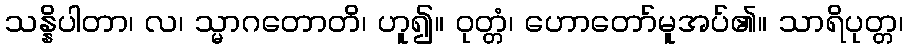
သန္နိပါတာ၊ လ၊ သ္မာဂတောတိ၊ ဟူ၍။ ဝုတ္တံ၊ ဟောတော်မူအပ်၏။ သာရိပုတ္တ၊